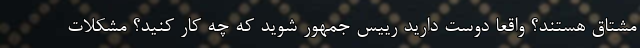
مشتاق هستند؟ واقعا دوست دارید رییس جمهور شوید که چه کار کنید؟ مشکلات